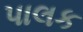
પાલક